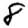
Digit: 8